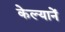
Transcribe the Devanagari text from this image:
केल्यानें